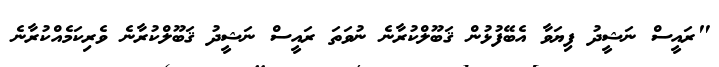
"ރައީސް ނަޝީދު ފިޔަވާ އެބޭފުޅުން ޤަބޫލްކުރާނެ ނުވަތަ ރައީސް ނަޝީދު ޤަބޫލްކުރާނެ ވެރިކަމެއްކުރާނެ